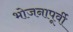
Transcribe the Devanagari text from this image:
भोजनापूर्वी